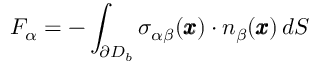
F _ { \alpha } = - \int _ { \partial D _ { b } } { \sigma } _ { \alpha \beta } ( { \pmb x } ) \cdot { n } _ { \beta } ( { \pmb x } ) \, d S